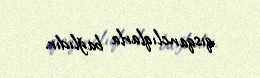
qısqanclıqlarla bağlıdır.